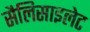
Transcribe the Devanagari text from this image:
सैलिसाइलेट